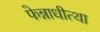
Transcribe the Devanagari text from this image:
फेन्नाधीत्था